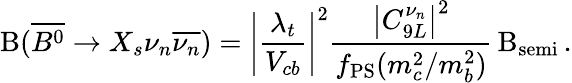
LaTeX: \mathrm{B}(\overline{{{B^{0}}}}\rightarrow X_{s}\nu_{n}\overline{{{\nu_{n}}}})=\left|\frac{\lambda_{t}}{V_{cb}}\right|^{2}\frac{\left|C_{9L}^{\nu_{n}}\right|^{2}}{f_{\mathrm{PS}}(m_{c}^{2}/m_{b}^{2})}\, \mathrm{B}_{\mathrm{semi}}\, .